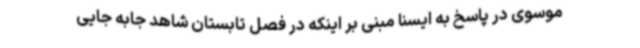
موسوی در پاسخ به ایسنا مبنی بر اینکه در فصل تابستان شاهد جابه جایی